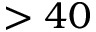
> 4 0